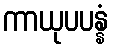
ကာယုပပန္နံ